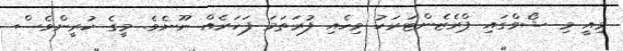
މިއީ މި ޝޯވްގައި ޕްރެޒެންޓަރަކު ވިހެއި ފުރަތަމަ ފަހަރެއް ނޫނެވެ. މީގެ ކުރީންވެސް